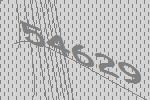
54629